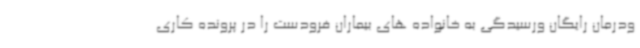
ودرمان رایگان ورسیدگی به خانواده های بیماران فرودست را در پرونده کاری